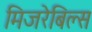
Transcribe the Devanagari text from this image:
मिजरेबिल्स